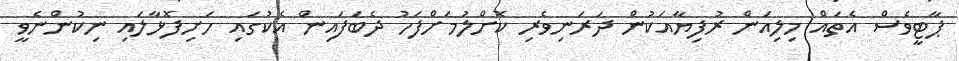
ޕާޓީވެސް އެތައް މިލިއަން ރުފިޔާއަކުން ދަރަނިވެރި ކޮށްލުމަށްފަހު ދެބަފައިން އެކުގައި ހަށިފޮޅާލައި ނިކުންނެވީ